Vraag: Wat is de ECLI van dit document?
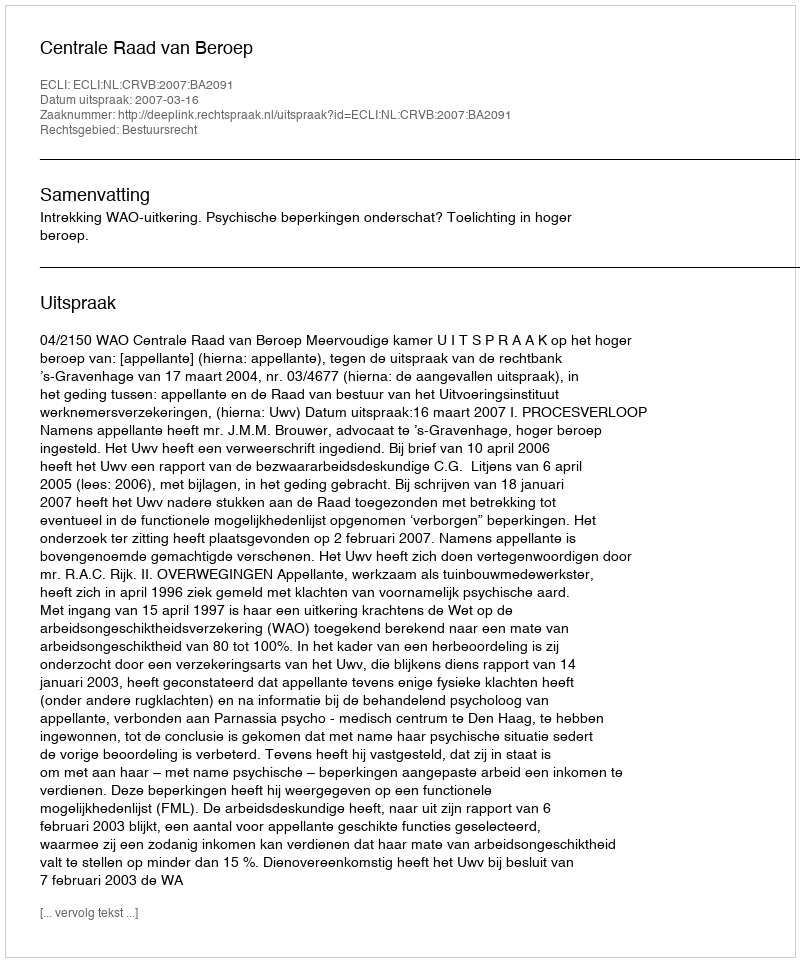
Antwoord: ECLI:NL:CRVB:2007:BA2091